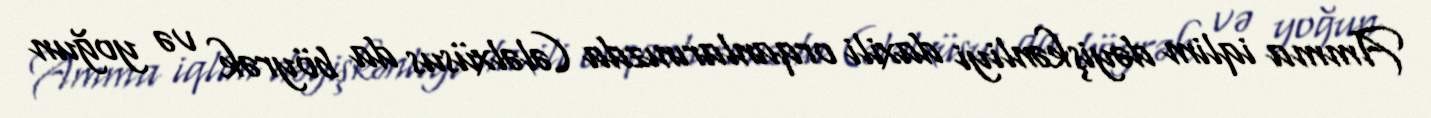
Amma iqlim dəyişkənliyi daxili orqanlarınızda (ələlxüsus da böyrək və yoğun